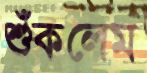
শুঁকলেম